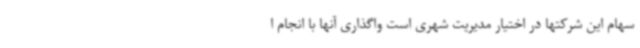
سهام این شرکتها در اختیار مدیریت شهری است واگذاری آنها با انجام ا